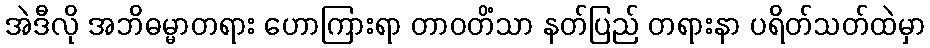
အဲဒီလို အဘိဓမ္မာတရား ဟောကြားရာ တာဝတိံသာ နတ်ပြည် တရားနာ ပရိတ်သတ်ထဲမှာ